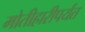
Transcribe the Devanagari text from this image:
मोतीहारीपर्यंत